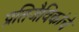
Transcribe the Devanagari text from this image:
प्रतिजैविकांचे